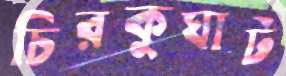
চিরকুঘাট